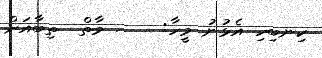
ކިނބިހި އެޅުނު މީހާ:    . މާތް  ތިބާއަށް